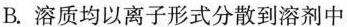
B.溶质均以离子形式分散到溶剂中